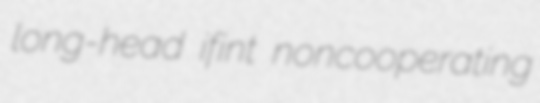
long-head ifint noncooperating